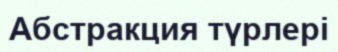
Абстракция түрлері